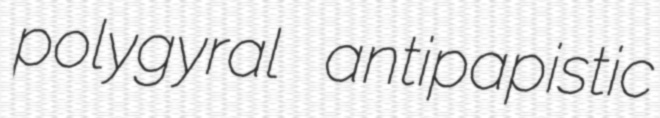
polygyral antipapistic